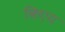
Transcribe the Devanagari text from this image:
किएय